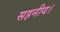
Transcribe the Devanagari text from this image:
सहनीय।